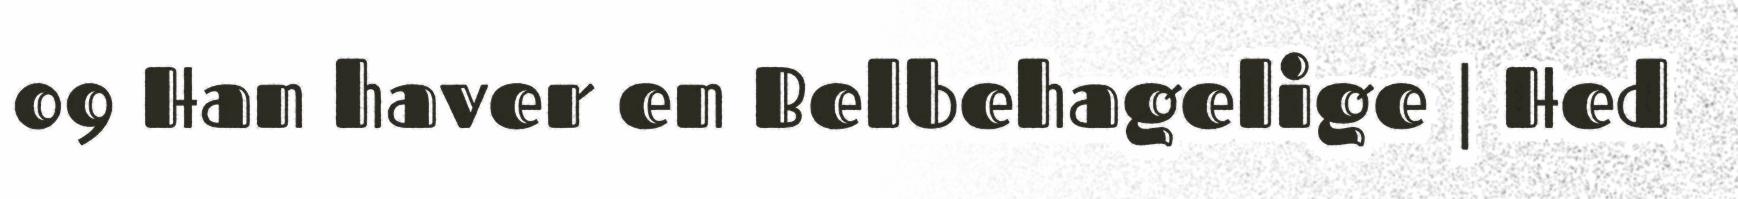
09 Han haver en Belbehagelige | Hed